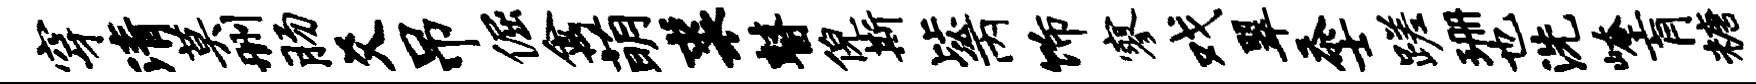
穿清莫删肠爻吊倔禽萌裘瞽倪斯毖丙饰寥戏翠忝士蹉珊也洗崦肓糖